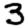
Digit: 3